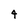
Character: 4